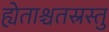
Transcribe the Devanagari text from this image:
ह्येताश्चतस्रस्तु